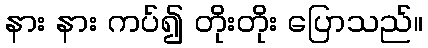
နား နား ကပ်၍ တိုးတိုး ပြောသည်။